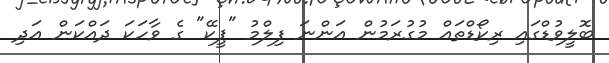
ބޮލީވުޑްގައި ރިކޯޑްތައް މުގުރަމުން އަންނަ ފިލްމު "ޕީކޭ" ގެ ވާހަކަ ދައްކަން އަދި